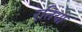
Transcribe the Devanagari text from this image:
रतियो